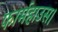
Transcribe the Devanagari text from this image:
फार्महाउस।